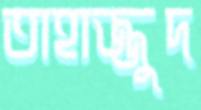
তাহাজ্জুদ